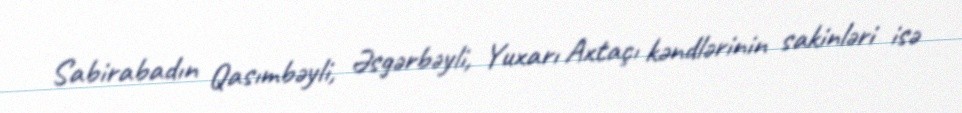
Sabirabadın Qasımbəyli, Əsgərbəyli, Yuxarı Axtaçı kəndlərinin sakinləri isə